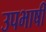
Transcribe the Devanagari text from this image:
उपभाषी